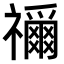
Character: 𮂢